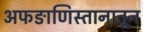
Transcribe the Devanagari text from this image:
अफङाणिस्तानातून